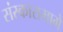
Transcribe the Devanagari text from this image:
संस्कारामागे